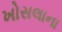
ખોસલાના